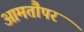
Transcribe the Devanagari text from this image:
आमतौपर